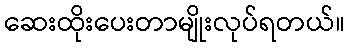
ဆေးထိုးပေးတာမျိုးလုပ်ရတယ်။